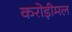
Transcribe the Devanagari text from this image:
करोड़ीमल